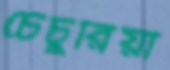
চেঁচুরিয়া